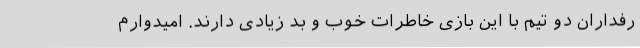
رفداران دو تیم با این بازی خاطرات خوب و بد زیادی دارند. امیدوارم